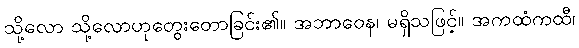
သို့လော သို့လောဟုတွေးတောခြင်း၏။ အဘာဝေန၊ မရှိသဖြင့်။ အကထံကထီ၊